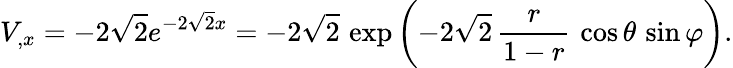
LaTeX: V_{,x}=-2\sqrt{2}e^{-2\sqrt{2}x}=-2\sqrt{2}\, \exp\left(-2\sqrt{2}\, {\frac{r}{1-r}}\, \cos\theta\, \sin\varphi\right).